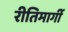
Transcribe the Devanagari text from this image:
रीतिमार्गी